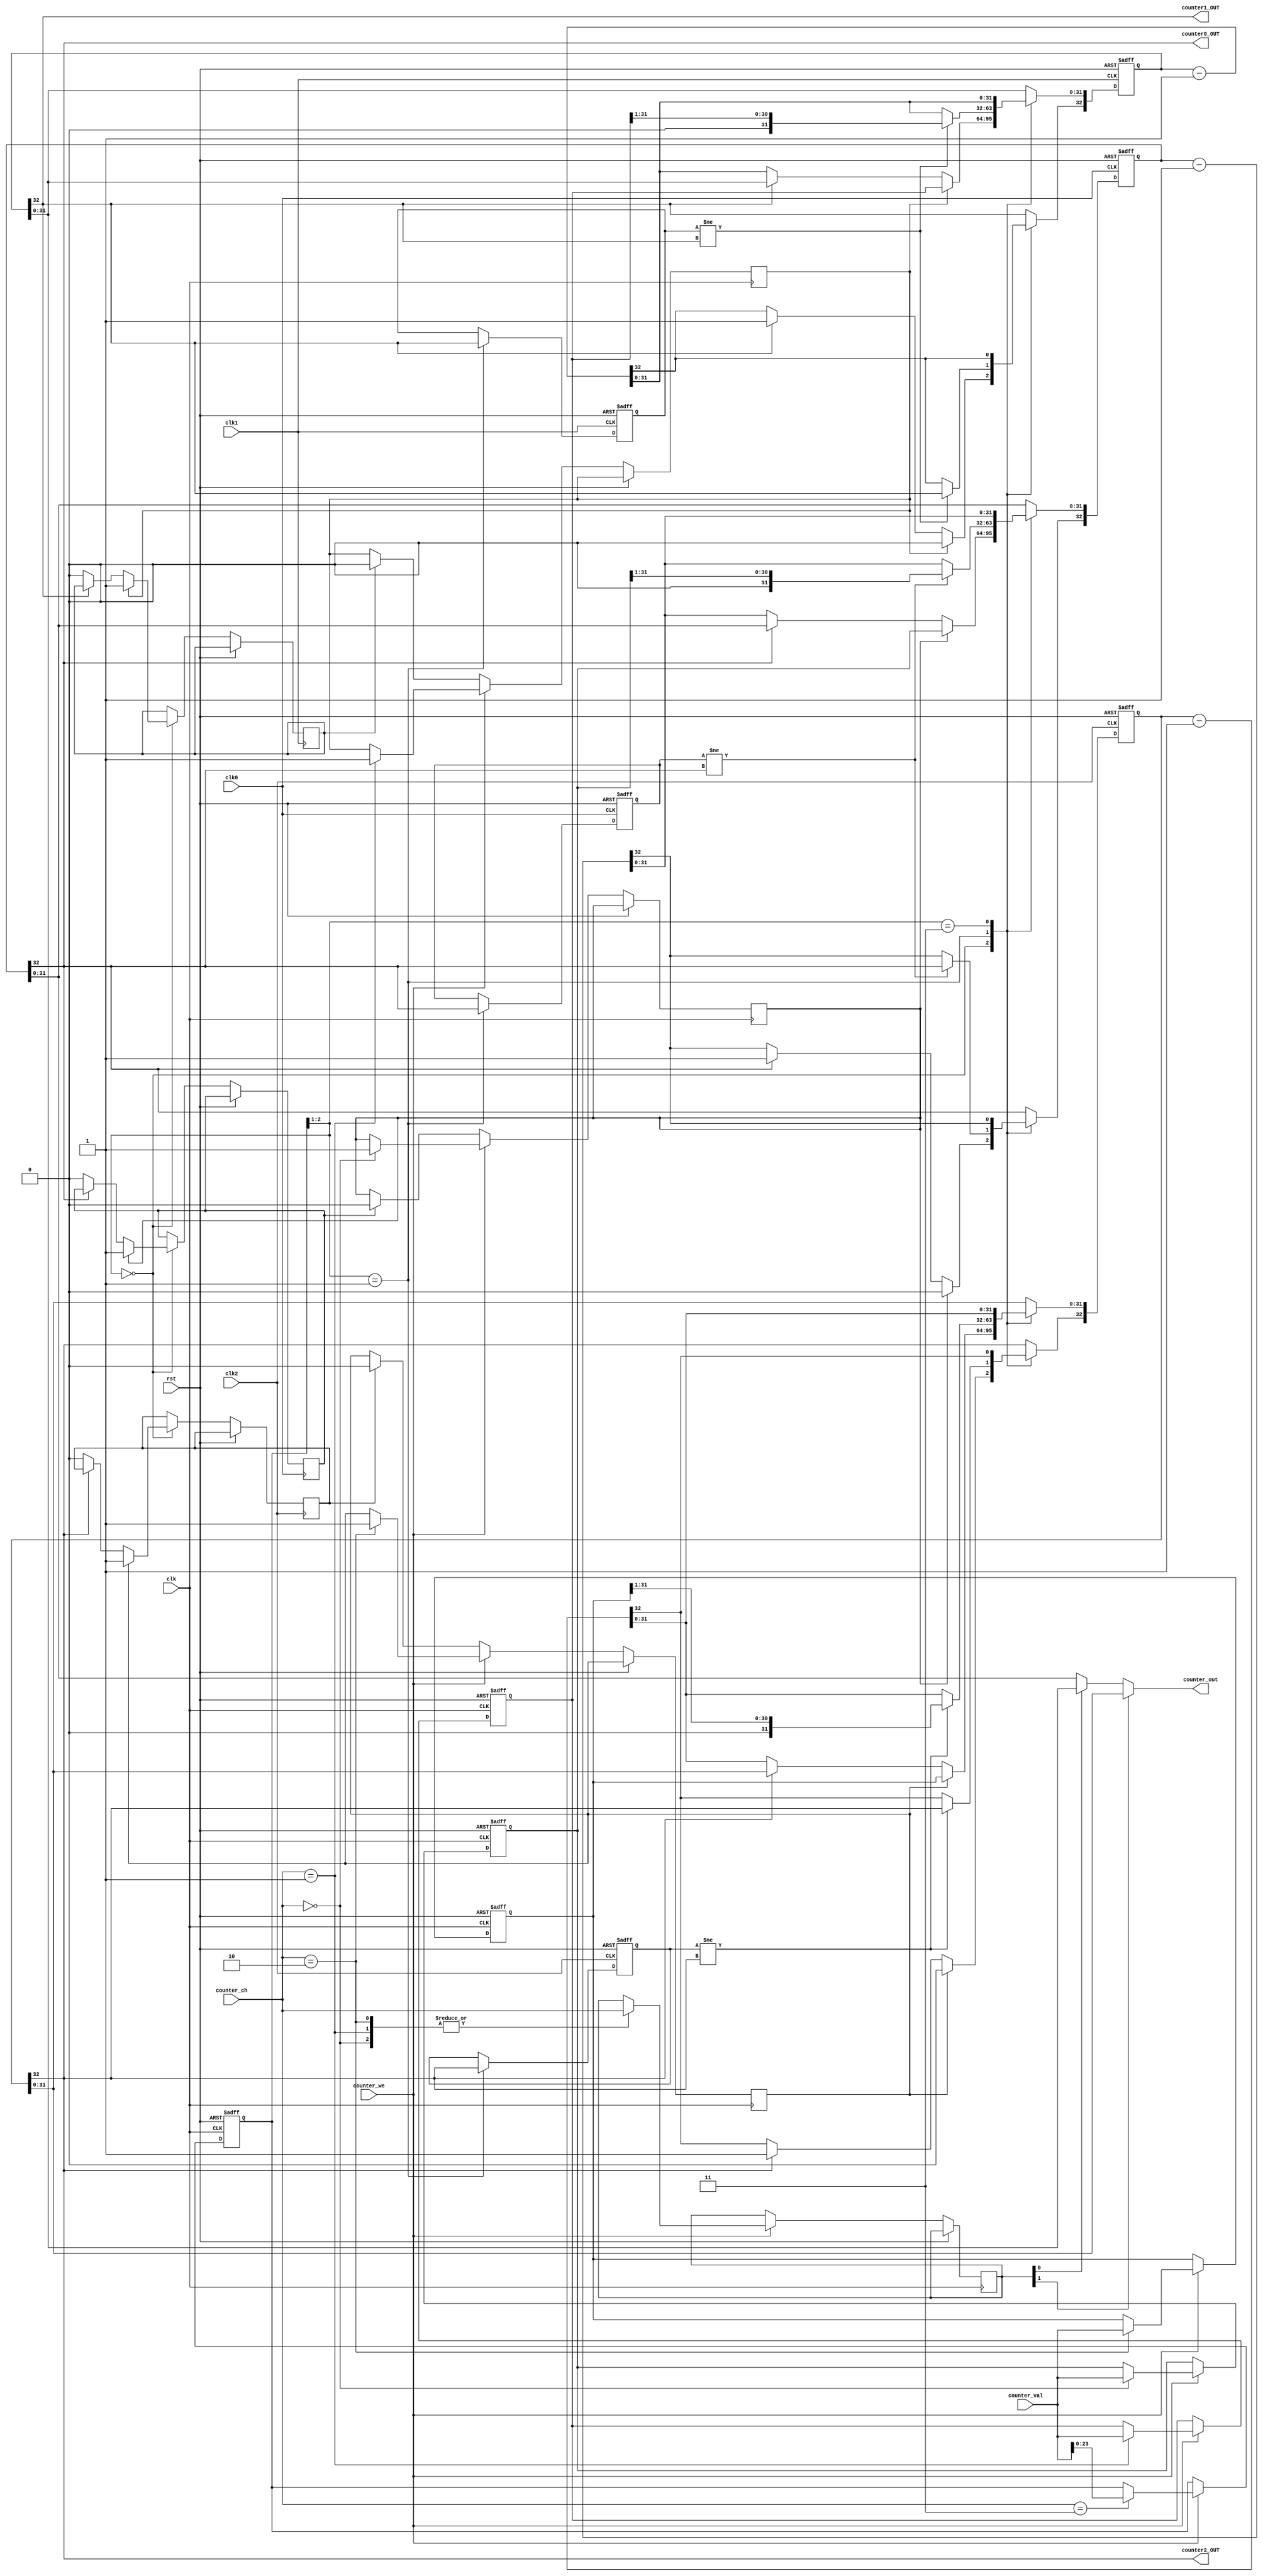
module  Counter_x(  clk,                    
            	    rst,
            	    clk0,                   
            	    clk1,                   
            	    clk2,                   
            	    counter_we,
            	    counter_val,             
            	    counter_ch,              

            	    counter0_OUT,
            	    counter1_OUT,
            	    counter2_OUT,
            	    counter_out		
                    );

    input               clk,                // clk_CPU
                        rst;
    input  wire         clk0,               // clk_div[9]
                        clk1,               // clk_div[10]
                        clk2;               // clk_div[10]
    input  wire         counter_we;
    input  wire [31: 0] counter_val;        // data_from cpu
    input  wire [ 1: 0] counter_ch;         // counter_set
                                
    output wire         counter0_OUT, counter1_OUT, counter2_OUT;
    output wire [31: 0] counter_out;      

	reg         [32: 0] counter0       = 0, counter1       = 0, counter2        = 0;
	reg         [31: 0] counter0_Lock  = 0, counter1_Lock  = 0, counter2_Lock   = 0;
	reg         [23: 0] counter_Ctrl   = 0;
	reg         [ 1: 0] last_ch        = 0, curr_ch        = 0;
    reg                 sq0            = 0, sq1            = 0, sq2             = 0, 
                        M0             = 0, M1             = 0, M2              = 0, 
                        clr0           = 0, clr1           = 0, clr2            = 0;
	
	always @(posedge clk or posedge rst) begin
		if ( rst ) begin
			counter0_Lock <= 0;
			counter1_Lock <= 0;
			counter2_Lock <= 0;
			counter_Ctrl  <= 0;
		end else begin
			if ( counter_we ) begin
				case ( counter_ch )
					2'h0: begin
						counter0_Lock <= counter_val;
						M0            <= 1;
						//last_ch     <= curr_ch;
						curr_ch       <= counter_ch;
					end
					2'h1: begin
						counter1_Lock <= counter_val;
						M1            <= 1;
						//last_ch     <= curr_ch;
						curr_ch       <= counter_ch;
					end
					2'h2: begin
						counter2_Lock <= counter_val;
						M2            <= 1;
						//last_ch     <= curr_ch;
						curr_ch       <= counter_ch;
					end
					2'h3: begin
						counter_Ctrl  <= counter_val[23:0];
					end
				endcase
			end else begin
				counter1_Lock         <= counter1_Lock;
				counter2_Lock         <= counter2_Lock;
				counter0_Lock         <= counter0_Lock;
				counter_Ctrl          <= counter_Ctrl;
				if ( clr0 ) M0        <= 0;
				if ( clr1 ) M1        <= 0;
				if ( clr2 ) M2        <= 0;
			end
		end
	end

// Channel 00
	always @(posedge clk0 or posedge rst) begin
		if(rst) begin
			counter0 <= 0;
			sq0      <= 0;
		end else begin
			case(counter_Ctrl[2:1])
				2'b00: begin
					if ( M0 ) begin
						counter0  <= {1'b0, counter0_Lock};
						clr0      <= 1;
					end else begin
						if ( counter0[32] == 0 ) begin
							counter0 <= counter0 - 1'b1;
							clr0     <= 0;
						end
					end
				end
				2'b01: begin
					sq0 <= counter0[32];
					if ( sq0 != counter0[32] )
						counter0[31:0] <= {1'b0, counter0_Lock[31:1]};
					else 
					    counter0       <= counter0 - 1'b1;
				end
				2'b11: begin
				    counter0 <= counter0 - 1'b1;
				end
			endcase
		end
	end

// Channel 01
	always @(posedge clk1 or posedge rst) begin
		if ( rst ) begin
			counter1 <= 0;
			sq1      <= 0;
		end else begin
			case ( counter_Ctrl[2:1] )
				2'b00: begin
					if ( M1 ) begin
						counter1  <= {1'b0, counter1_Lock};
						clr1      <= 1;
					end else begin
						if ( counter1[32] == 0 ) begin
							counter1 <= counter1 - 1'b1;
							clr1     <= 0;
						end
					end
				end
				2'b01: begin
					sq1 <= counter1[32];
					if ( sq1 != counter1[32] )
						counter1[31:0] <= {1'b0, counter1_Lock[31:1]};
					else 
						counter1       <= counter1 - 1'b1;
				end
				2'b11: begin
					counter1 <= counter1 - 1'b1;
				end
			endcase
		end
	end

// Channel 10
	always @(posedge clk2 or posedge rst) begin
		if ( rst ) begin
			counter2 <= 0;
			sq2      <= 0;
		end else begin
			case ( counter_Ctrl[2:1] )
				2'b00: begin
					if ( M2 ) begin
						counter2     <= {1'b0, counter2_Lock};
				        clr2         <= 1;
					end else begin
						if ( counter2[32] == 0 ) begin
							counter2 <= counter2 - 1'b1;
							clr2     <= 0;
						end
					end
				end
				2'b01: begin
					sq2 <= counter2[32];
					if ( sq2 != counter2[32] )
						counter2[31:0] <= {1'b0, counter2_Lock[31:1]};
					else 
				        counter2       <= counter2 - 1'b1;
				end
				2'b11: begin
					counter2 <= counter2 - 1'b1;
				end
			endcase
		end
	end

	
	assign counter0_OUT = counter0[32];
	assign counter1_OUT = counter1[32];
	assign counter2_OUT = counter2[32];
	assign counter_out  = curr_ch[1]? counter2[31:0]: (curr_ch[0]?  counter1[31:0 ]: 
                                                                    counter0[31:0 ]);
	
endmodule